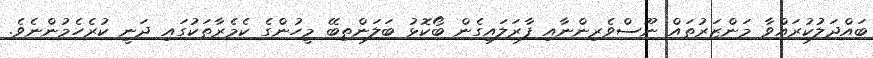
ބައްދަލުކުރައްވާ މަންޒަރުތައް ނޫސްވެރިންނާއި ފާރަލައިގެން ބޯކޮޅު ބަލަންތިބޭ މީހުންގެ ކެމެރާތަކުގައި ދަނީ ކުރެހެމުންނެވެ.